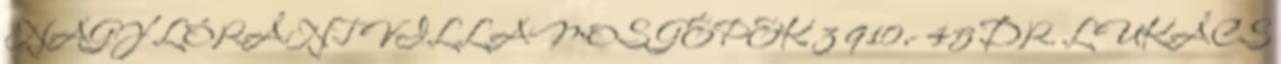
NAGY LÓRÁNT VILLAMOS GÉPEK 3 910,- 45 DR. LUKÁCS